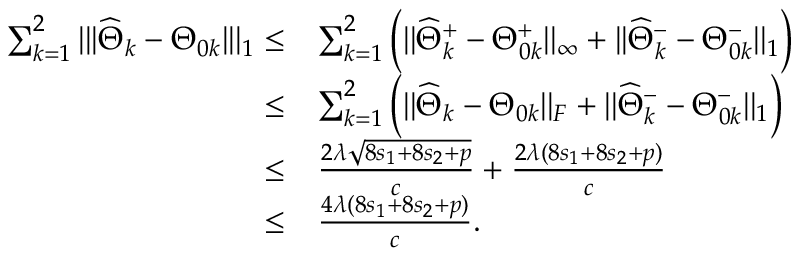
\begin{array} { r l } { \sum _ { k = 1 } ^ { 2 } | | | \widehat { \Theta } _ { k } - \Theta _ { 0 k } | | | _ { 1 } \leq } & { \sum _ { k = 1 } ^ { 2 } \Big ( | | \widehat { \Theta } _ { k } ^ { + } - \Theta _ { 0 k } ^ { + } | | _ { \infty } + | | \widehat { \Theta } _ { k } ^ { - } - \Theta _ { 0 k } ^ { - } | | _ { 1 } \Big ) } \\ { \leq } & { \sum _ { k = 1 } ^ { 2 } \Big ( | | \widehat { \Theta } _ { k } - \Theta _ { 0 k } | | _ { F } + | | \widehat { \Theta } _ { k } ^ { - } - \Theta _ { 0 k } ^ { - } | | _ { 1 } \Big ) } \\ { \leq } & { \frac { 2 \lambda \sqrt { 8 s _ { 1 } + 8 s _ { 2 } + p } } { c } + \frac { 2 \lambda ( 8 s _ { 1 } + 8 s _ { 2 } + p ) } { c } } \\ { \leq } & { \frac { 4 \lambda ( 8 s _ { 1 } + 8 s _ { 2 } + p ) } { c } . } \end{array}